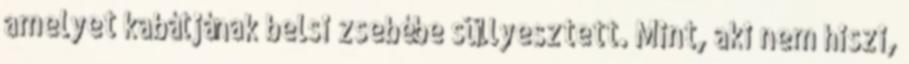
amelyet kabátjának belsı zsebébe süllyesztett. Mint, aki nem hiszi,